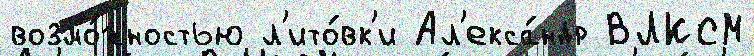
возмо́жностью л'ито́вк'и Ал'екса́ндр ВЛКСМ